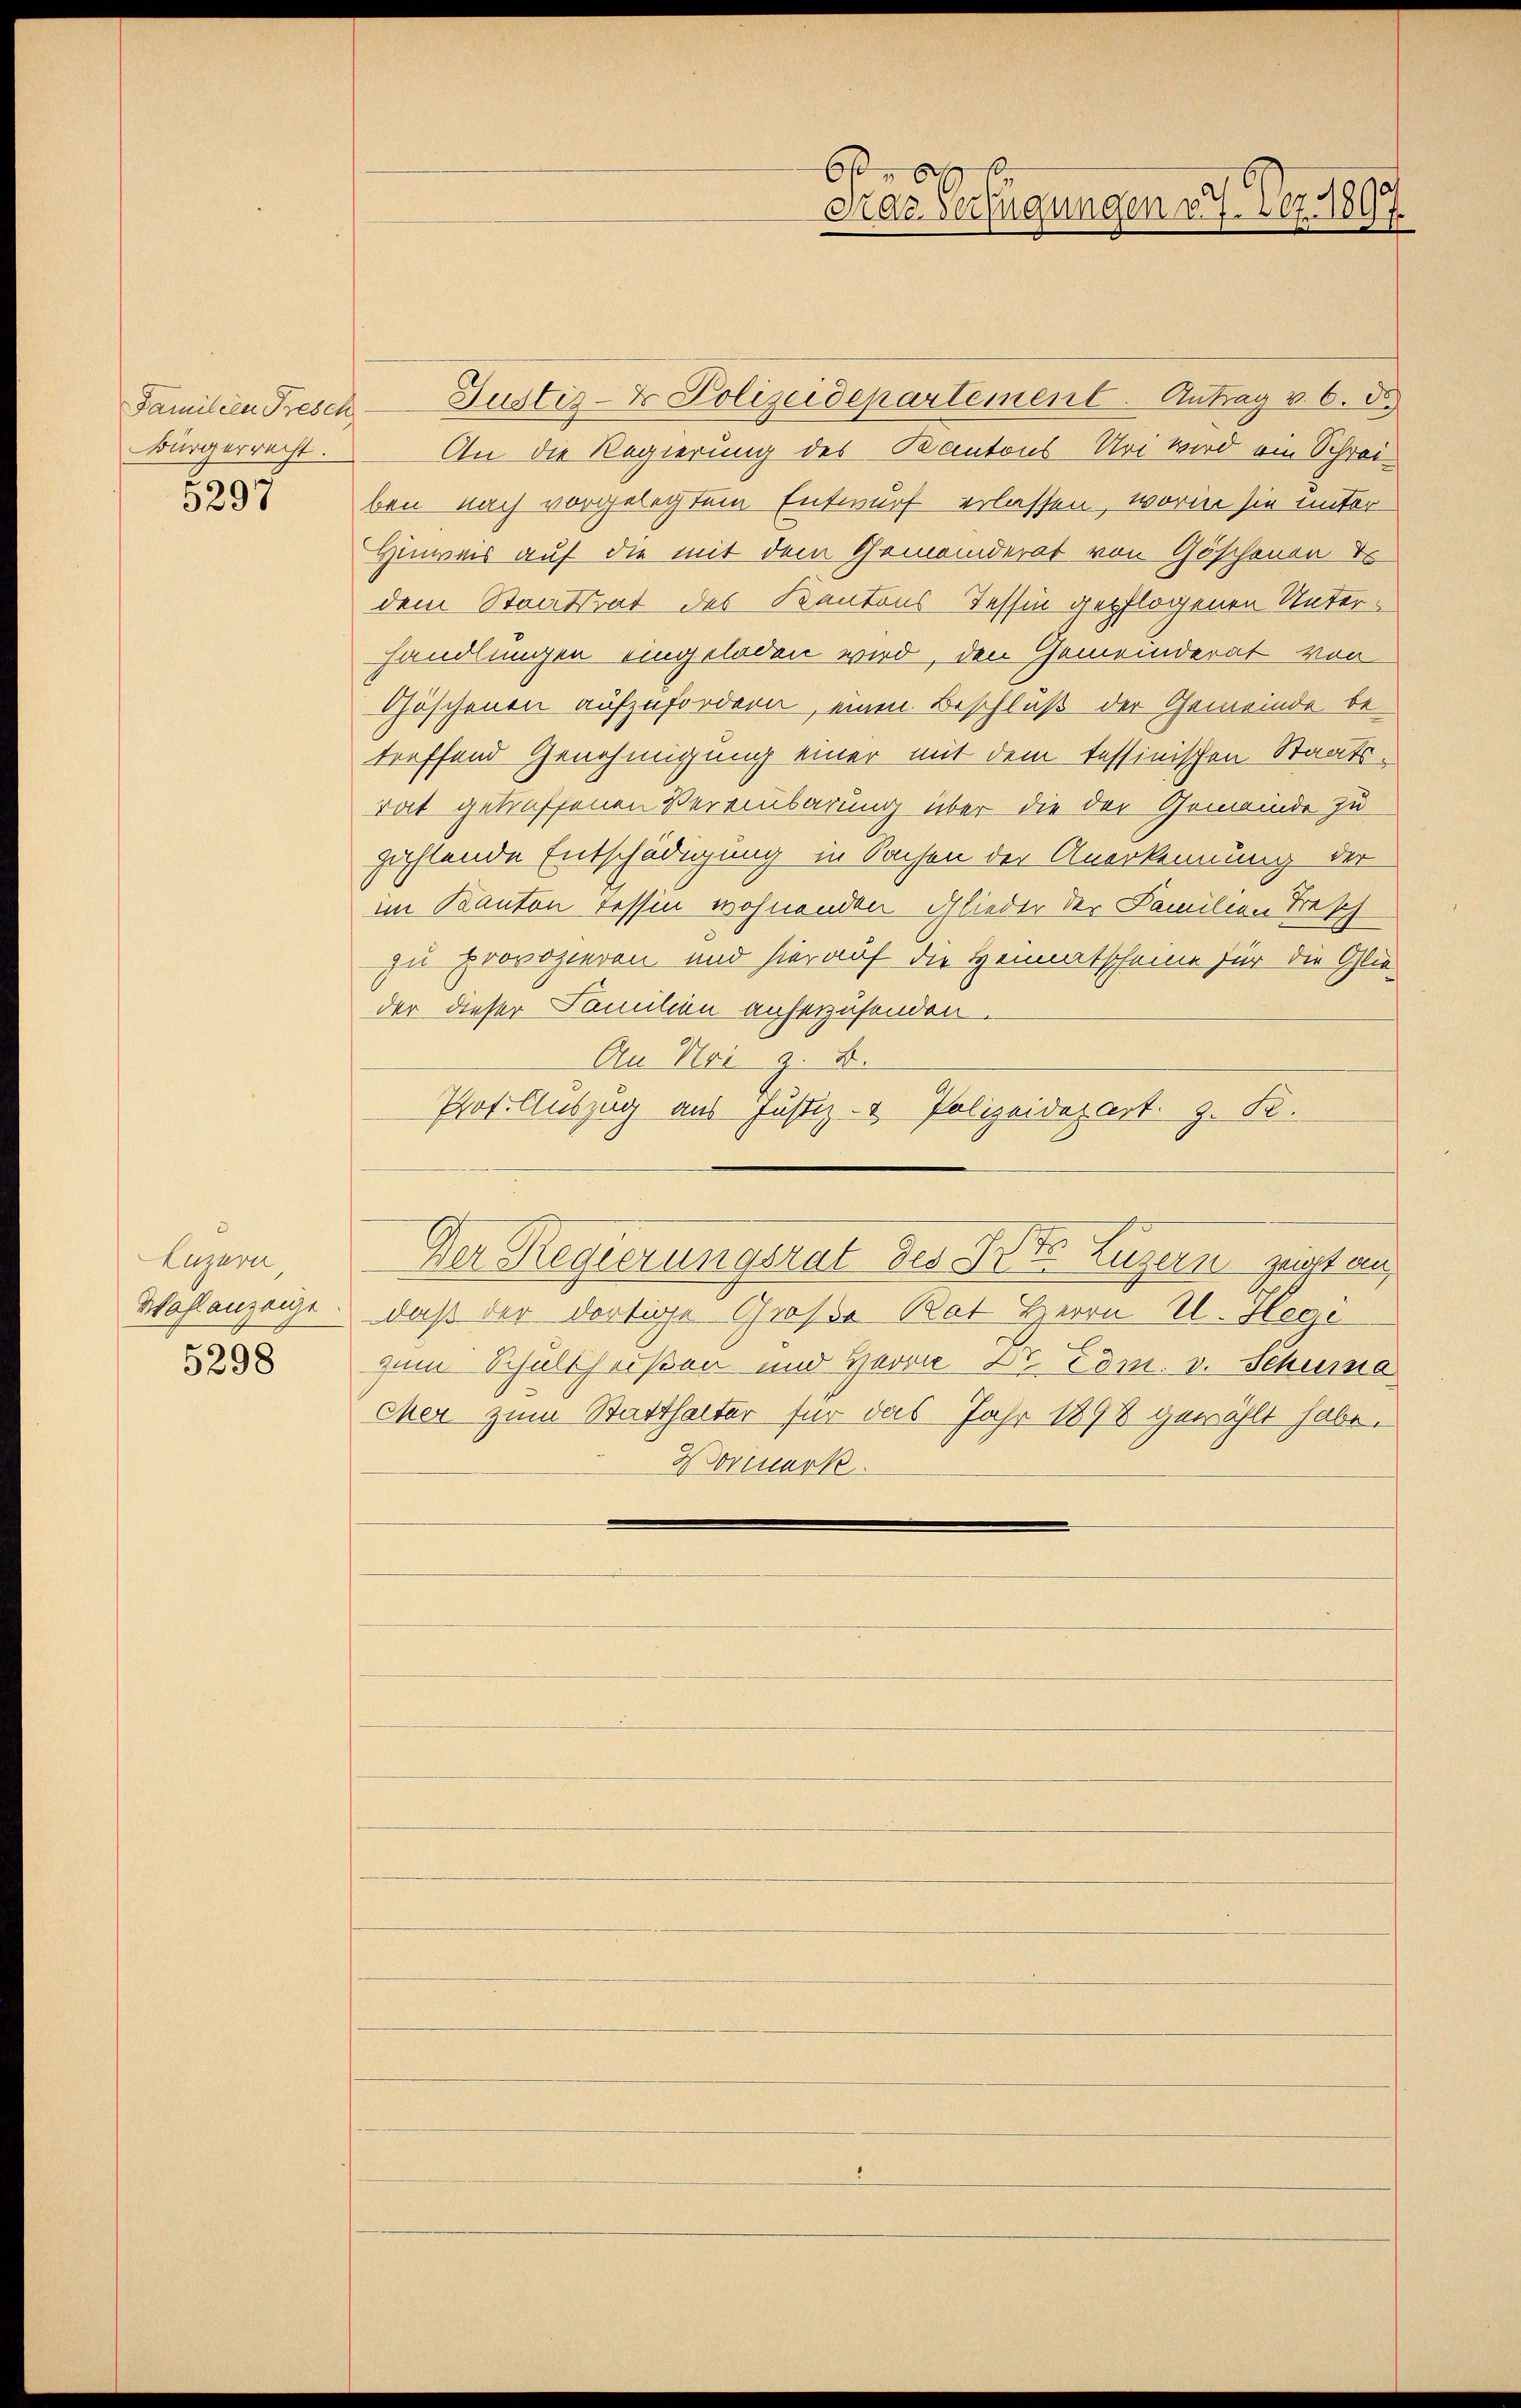
Bürgerrecht.

5297

Luzern,
Wahlanzeige
5298

b
drae Verfügungen 27. Dez. 1897

Familien Fresch. — Justiz- & Polizeidepartement. Antrag v. 6. ds.
An die Regierung des Kantons Uri wird ein Schreiben nach vorgelegtem Entwurf erlassen, worin sie unter¬
Hinweis auf die mit dem Gemeinderat von Göschonen d
dem Staatsrat des Kantons Tessin gepflogenen Unterhandlungen eingeladen wird, den Gemeinderat von
Göschenen aufzufordern, einen Beschluß der Gemeinde be-
troffend Genehmigung einer mit dem tessinischen Staatstat getroffenen Vereinbarung über die der Gemeinde zu
zählende Entschädigung in Sachen der Anerkennung der
im Kanton Tessin wohnenden Glieder der Familien Trasch
zu provozieren und hierauf die Heimatscheine für die Glie-
der dieser Familien anherzusenden.
An Noi z. B.
Prot. Auszug aus Justiz- & Polizeidepart. 9. Fr.
Der Regierungsrat des St. Luzern zeigt an
daß der dortige Große Rat Herrn U. Hegi
zum Schultheißen und Herrn Dr Esm. v. Schuma
cher zum Statthalter für das Jahr 1898 gewählt habe.
Horenerk